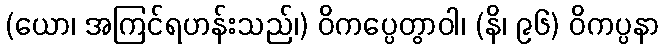
(ယော၊ အကြင်ရဟန်းသည်၊) ဝိကပ္ပေတွာဝါ၊ (နိ၊ ၉၆) ဝိကပ္ပနာ